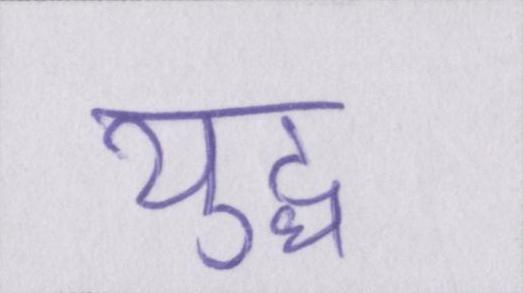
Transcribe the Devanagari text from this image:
युद्ध